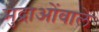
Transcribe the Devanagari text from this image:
मुद्राओंवाले